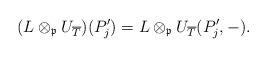
LaTeX: \begin{align*}(L\otimes_{\mathfrak{p}} U_{\overline{T}})(P_j')=L\otimes_{\mathfrak{p}} U_{\overline{T}}(P_j',-). \end{align*}